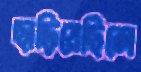
ছাড়িয়েছিলে